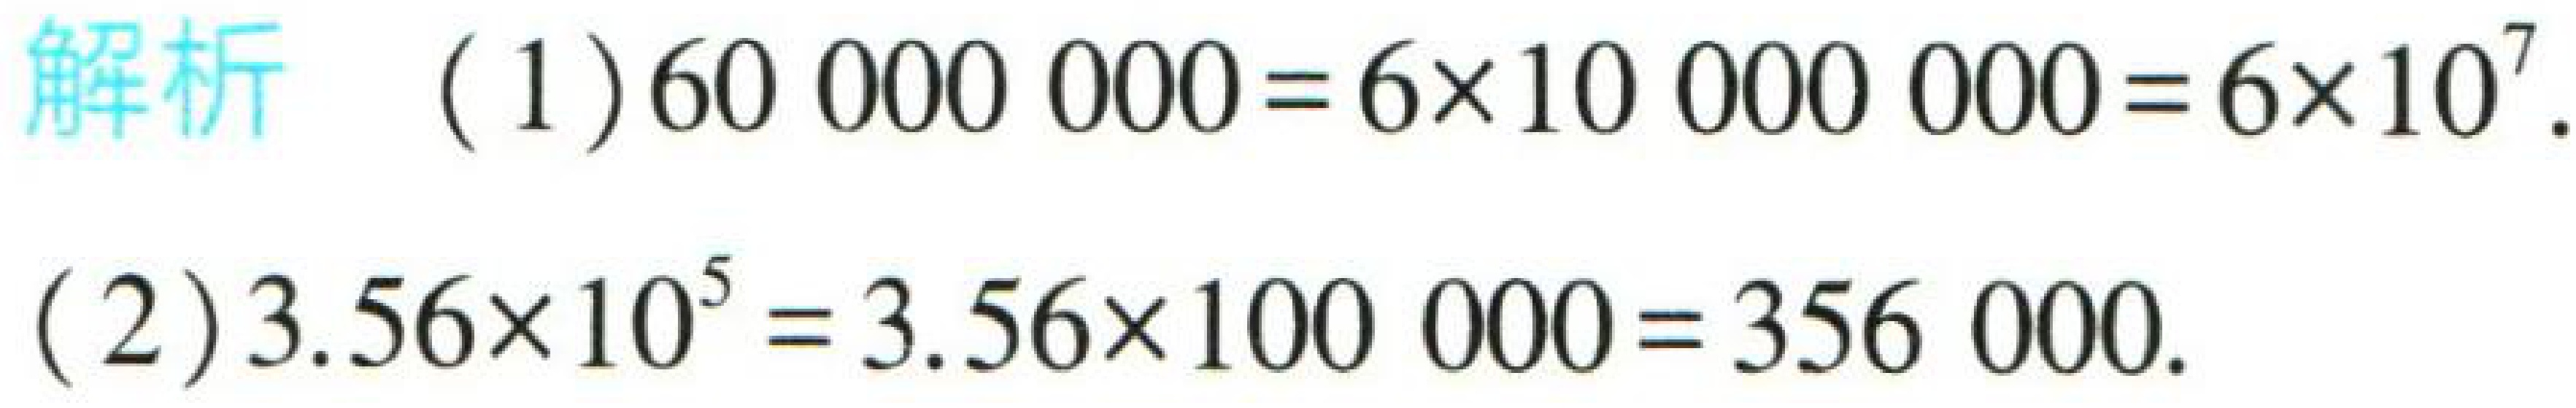
\begin{解析}
(1) \(60000000 = 6\times10000000=6\times10^{7}\).
(2) \(3.56\times10^{5}=3.56\times100000 = 356000\).
\end{解析}